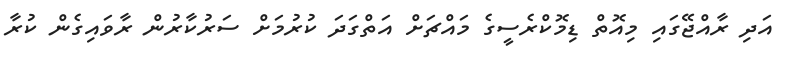
އަދި ރާއްޖޭގައި މިއޮތް ޑިމޮކްރެސީގެ މައްޗަށް އަތްގަދަ ކުރުމަށް ސަރުކާރުން ރާވައިގެން ކުރާ